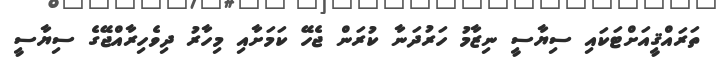
ތަރައްޤީއަށްޓަކައި ސިޔާސީ ނިޒާމު ހަރުދަނާ ކުރަން ޖެހޭ ކަމަށާއި މިހާރު ދިވެހިރާއްޖޭގެ ސިޔާސީ